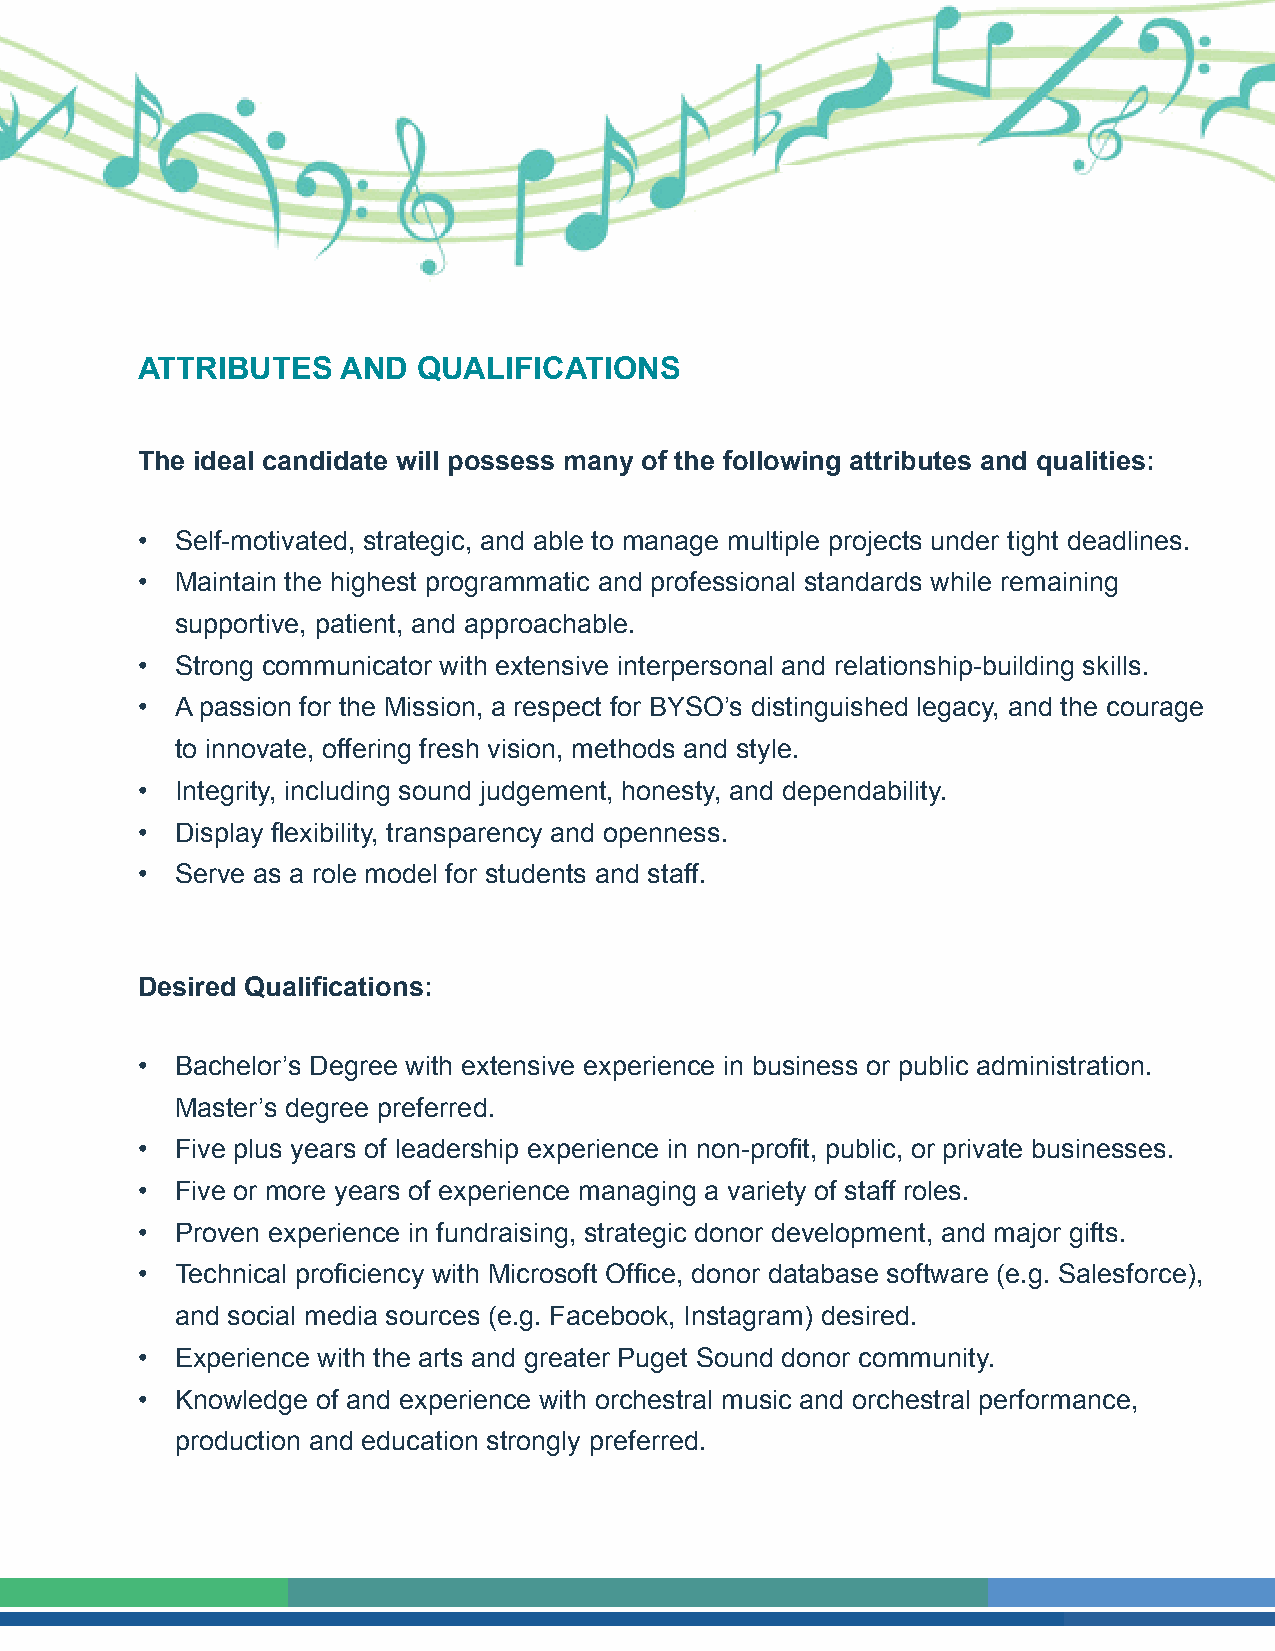
The    Opportunity
 ATTRIBUTES    AND  QUALIFICATIONS
 The ideal candidate will possess many of the following attributes and qualities:
 •  Self-motivated, strategic, and able to manage multiple projects under tight deadlines.
 •  Maintain the highest programmatic and professional standards while remaining
 supportive, patient, and approachable.
 •  Strong communicator with extensive interpersonal and relationship-building skills.
 •  A passion for the Mission, a respect for BYSO’s distinguished legacy, and the courage
 to innovate, offering fresh vision, methods and style.
 •  Integrity, including sound judgement, honesty, and dependability.
 •  Display flexibility, transparency and openness.
 •  Serve as a role model for students and staff.
 Desired Qualifications:
 •  Bachelor’s Degree with extensive experience in business or public administration.
 Master’s degree preferred.
 •  Five plus years of leadership experience in non-profit, public, or private businesses.
 •  Five or more years of experience managing a variety of staff roles.
 •  Proven experience in fundraising, strategic donor development, and major gifts.
 •  Technical proficiency with Microsoft Office, donor database software (e.g. Salesforce),
 and social media sources (e.g. Facebook, Instagram) desired.
 •  Experience with the arts and greater Puget Sound donor community.
 •  Knowledge of and experience with orchestral music and orchestral performance,
 production and education strongly preferred.